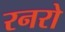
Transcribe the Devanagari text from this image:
रनरो